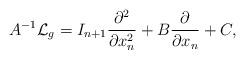
LaTeX: \begin{align*} A^{-1} \mathcal{L}_g = I_{n+1}\frac{\partial^2 }{\partial x_n^2} + B \frac{\partial }{\partial x_n} + C,\end{align*}